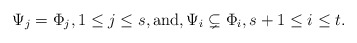
\begin{align*} \Psi_j=\Phi_j, 1 \leq j\leq s, \textrm{and}, \Psi_i\subsetneq \Phi_i,s+1\leq i\leq t. \end{align*}